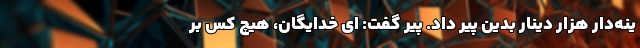
ینه‌دار هزار دینار بدین پیر داد. پیر گفت: ای خدایگان، هیچ کس بَرِ